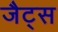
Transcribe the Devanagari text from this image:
जैट्स